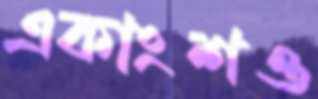
একাংশও